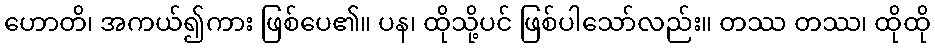
ဟောတိ၊ အကယ်၍ကား ဖြစ်ပေ၏။ ပန၊ ထိုသို့ပင် ဖြစ်ပါသော်လည်း။ တဿ တဿ၊ ထိုထို